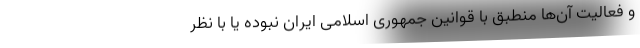
و فعالیت آن‌ها منطبق با قوانین جمهوری اسلامی ایران نبوده یا با نظر